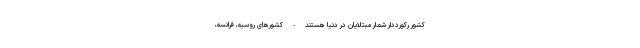
کشور رکورددار شمار مبتلایان در دنیا هستند - کشورهای روسیه، فرانسه،